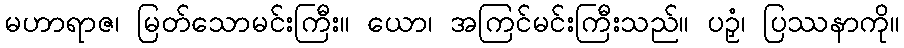
မဟာရာဇ၊ မြတ်သောမင်းကြီး။ ယော၊ အကြင်မင်းကြီးသည်။ ပဉှံ၊ ပြဿနာကို။